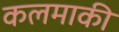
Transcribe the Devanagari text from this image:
कलमाकी